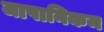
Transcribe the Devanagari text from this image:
जापानिकम